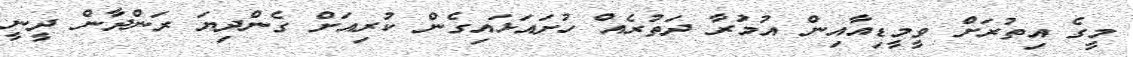
މީގެ އިތުރަށް ވީމީޑިއާއިން އުމަުރާ ދަތުރެއް ހުށައަޅައިގެން ކުރިއަށް ގެންދިޔަ ރަންދާން ދީނީ